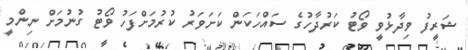
ޝަރީފު ވިދާޅުވީ ވޯޓު ކަރުދާހުގެ ސައްހަކަން ކަށަވަރު ކުރުމަށްފަހު ވޯޓު ގުނުމަށް ނިންމީ